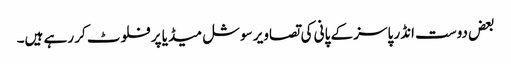
بعض دوست انڈر پاسز کے پانی کی تصاویر سوشل میڈیا پر فلوٹ کر رہے ہیں۔